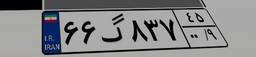
۶۶گ۸۳۷۴۵